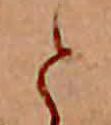
と